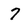
Character: 7